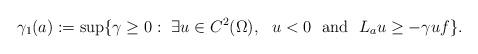
LaTeX: \begin{align*}\gamma_1(a) := \sup \{\gamma \geq 0:~ \exists u \in C^2(\Omega),~~ u <0 ~~\textnormal{and}~~ L_a u \geq -\gamma u f \}.\end{align*}